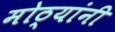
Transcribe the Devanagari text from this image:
मोठ्यांनी